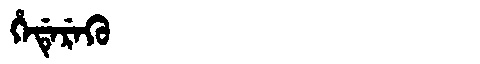
Manchu: ᡥᡝᡩᡝᡵᡝᡴᡠ
Romanization: HEDEREKU